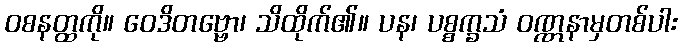
ဝစနတ္ထကို။ ဝေဒိတဗ္ဗော၊ သိထိုက်၏။ ပန၊ ပစ္စက္ခသံ ဝဏ္ဏနာမှတစ်ပါး